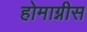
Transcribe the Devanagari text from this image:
होमाग्नीस